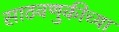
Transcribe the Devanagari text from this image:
साठवणुकीच्या